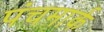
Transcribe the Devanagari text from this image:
पंचमार्क